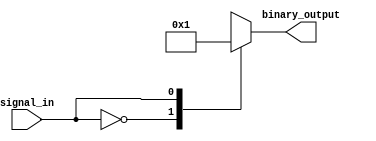
module encoder (
input signal_in,
output reg [3:0] binary_output
);

always @ (signal_in)
begin
case(signal_in)
2'b00: binary_output <= 2'b00;
2'b01: binary_output <= 2'b01;
2'b10: binary_output <= 2'b10;
2'b11: binary_output <= 2'b11;
endcase
end

endmodule